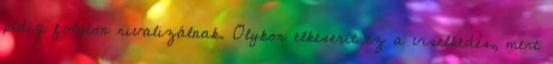
pedig folyton rivalizálnak. Olykor elkeserít ez a viselkedés, mert